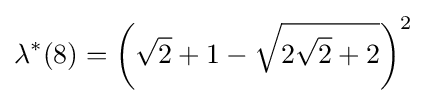
\lambda ^{*}(8)=\left({\sqrt {2}}+1-{\sqrt {2{\sqrt {2}}+2}}\right)^{2}